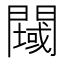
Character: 𲈲